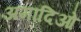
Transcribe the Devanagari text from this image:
अमादिओ